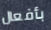
بأفعال